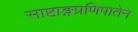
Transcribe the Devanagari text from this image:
साष्टाङ्गप्रणिपातेन